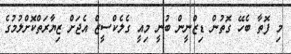
މި ފޮތާ ބެހޭ ގޮތުން ޑިޒްނީން ބުނީ މިއީ ގެލެކްސީޒް އެޖަށް ޒިޔާރަތްކޮށްލުމުގެ